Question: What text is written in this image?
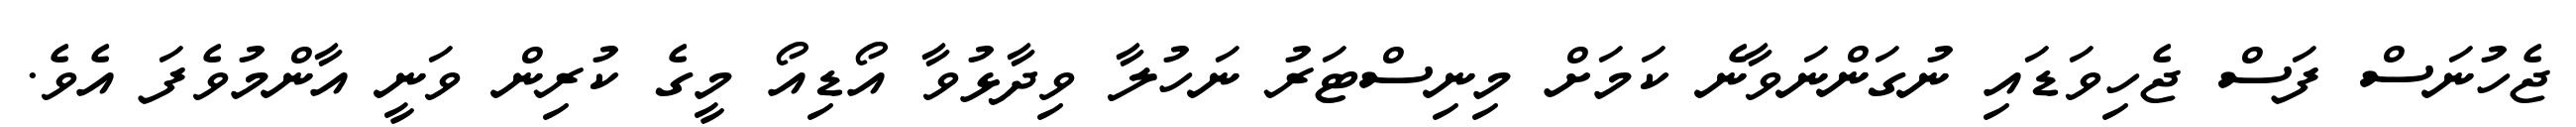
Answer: ޖެހުނަސް ފަސް ޖެހިވަޑައި ނުގަންނަވާނެ ކަމަށް މިނިސްޓަރު ނަހުލާ ވިދާޅުވާ އޯޑިއޯ މީގެ ކުރިން ވަނީ އާންމުވެފަ އެވެ.